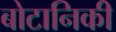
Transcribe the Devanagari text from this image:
बोटानिकी